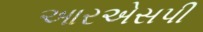
આરએસપી